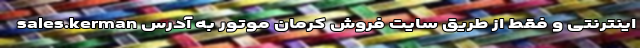
اینترنتی و فقط از طریق سایت فروش کرمان موتور به آدرس sales.kerman